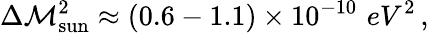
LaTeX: \Delta\mathcal{M}_{\mathrm{{{sun}}}}^{2}\approx(0.6-1.1)\times10^{-10}\, \, {eV^{2}}\, ,